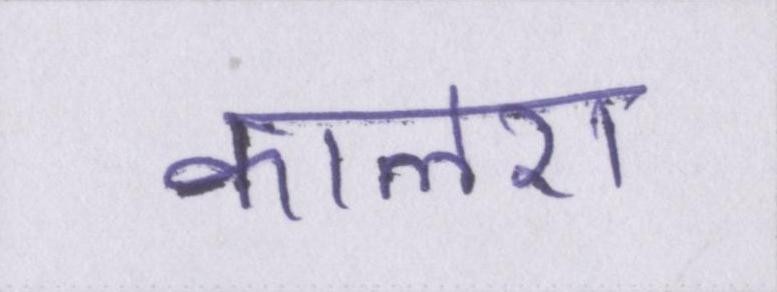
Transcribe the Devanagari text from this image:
कालरा